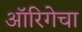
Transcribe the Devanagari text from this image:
ऑरिगेचा